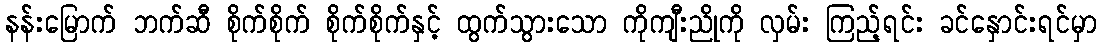
နန်းမြောက် ဘက်ဆီ စိုက်စိုက် စိုက်စိုက်နှင့် ထွက်သွားသော ကိုကျီးညိုကို လှမ်း ကြည့်ရင်း ခင်နှောင်းရင်မှာ